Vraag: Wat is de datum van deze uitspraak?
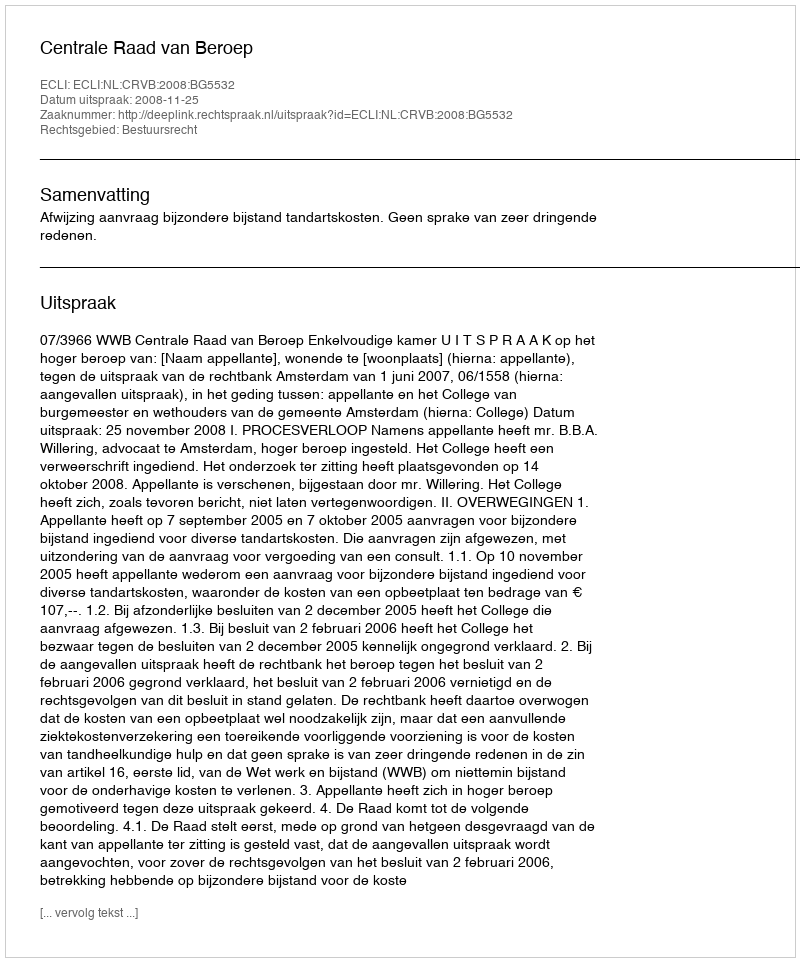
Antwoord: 2008-11-25